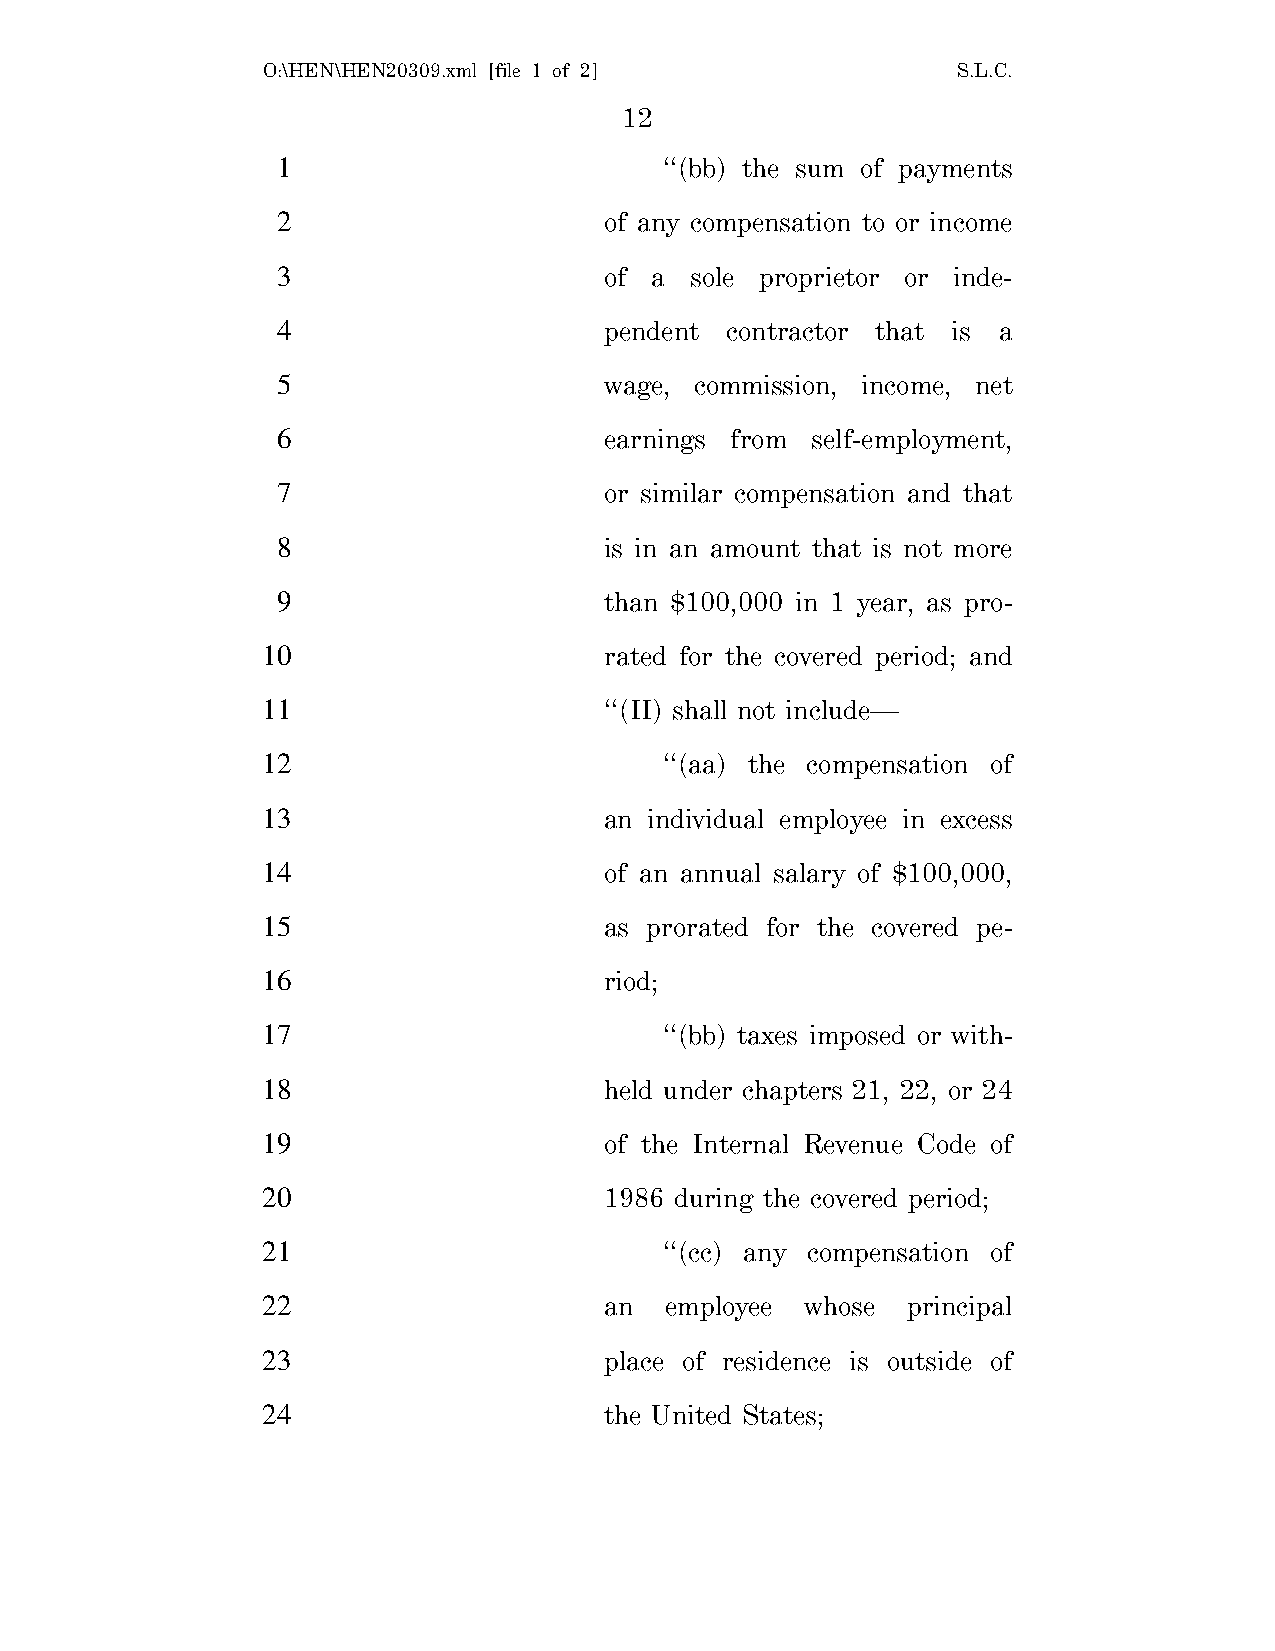
O:\HEN\HEN20309.xml [file 1 of 2]             S.L.C.
 12
 1                         ‘‘(bb) the sum of payments
 2                     of any compensation to or income
 3                     of a  sole proprietor or inde-
 4                     pendent contractor that is a
 5                     wage, commission, income, net
 6                     earnings from self-employment,
 7                     or similar compensation and that
 8                     is in an amount that is not more
 9                     than $100,000 in 1 year, as pro-
 10                     rated for the covered period; and
 11                     ‘‘(II) shall not include—
 12                         ‘‘(aa) the compensation of
 13                     an individual employee in excess
 14                     of an annual salary of $100,000,
 15                     as prorated for the covered pe-
 16                     riod;
 17                         ‘‘(bb) taxes imposed or with-
 18                     held under chapters 21, 22, or 24
 19                     of the Internal Revenue Code of
 20                     1986 during the covered period;
 21                         ‘‘(cc) any compensation of
 22                     an  employee whose  principal
 23                     place of residence is outside of
 24                     the United States;